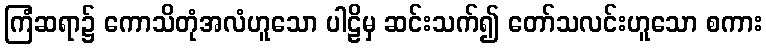
ကြံဆရာ၌ ကောသိတုံအလံဟူသော ပါဠိမှ ဆင်းသက်၍ တော်သလင်းဟူသော စကား